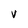
Character: v